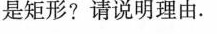
是矩形?请说明理由。